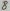
Text: 8